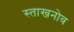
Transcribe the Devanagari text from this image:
स्ताखनोव